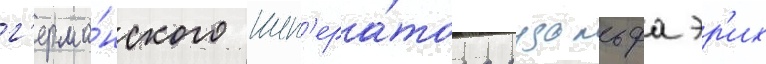
г'ерма́нского имп'ера́тора рудольфа эр'их